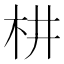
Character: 𣏨